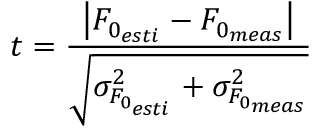
t = \frac { \left| F _ { 0 _ { e s t i } } - F _ { 0 _ { m e a s } } \right| } { \sqrt { \sigma _ { F _ { 0 _ { e s t i } } } ^ { 2 } + \sigma _ { F _ { 0 _ { m e a s } } } ^ { 2 } } }